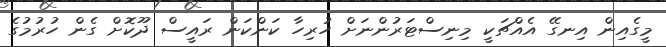
މީގެއިން އިނގޭ އެއްޗަކީ މިނިސްޓަރުންނަށް ހުރިހާ ކަންކަން ރައީސް ދޫކޮށް ގެން ހުރުމުގެ